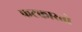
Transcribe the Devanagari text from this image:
फटकारतो